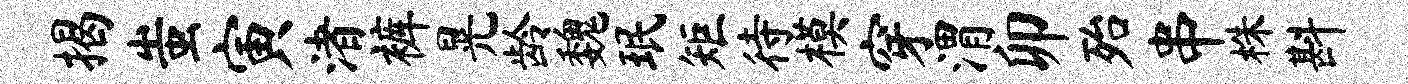
揭蚩寅渚裤晃龄魏珉矩待模穿渭卯殆串株斟